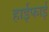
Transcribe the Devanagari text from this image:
हाईफाई